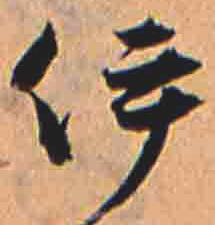
伊